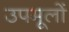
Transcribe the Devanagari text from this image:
उपमूलों